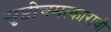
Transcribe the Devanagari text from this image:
सृष्टीचमत्काराची